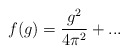
\begin{align*}f(g) = \frac{g^2}{4 \pi^2} +...\end{align*}